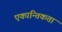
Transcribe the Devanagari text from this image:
एकान्तिकता